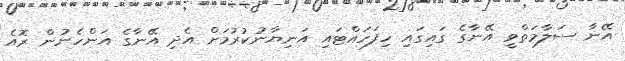
އޭނާ ސަލާމަތްވީ އޭނާގެ ގައިގައި ހިފަހައްޓައި އަނިޔާނުކުރުމަށް އެދި އޭނާގެ އަންހެނުން ރޮއެ